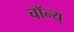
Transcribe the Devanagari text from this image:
चॉन्य्